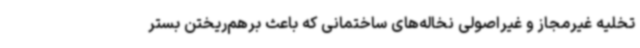
تخلیه غیرمجاز و غیراصولی نخاله‌های ساختمانی که باعث برهم‌ریختن بستر